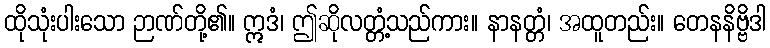
ထိုသုံးပါးသော ဉာဏ်တို့၏။ ဣဒံ၊ ဤဆိုလတ္တံ့သည်ကား။ နာနတ္တံ၊ အထူတည်း။ တေနနိဗ္ဗိဒါ